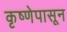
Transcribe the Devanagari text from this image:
कृष्णेपासून